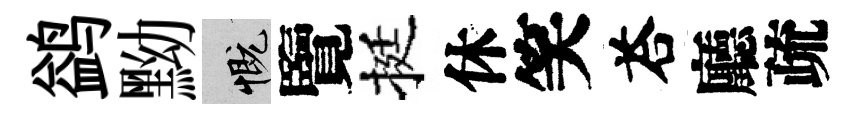
鹢黝慨覽挺休笑荅廳疏